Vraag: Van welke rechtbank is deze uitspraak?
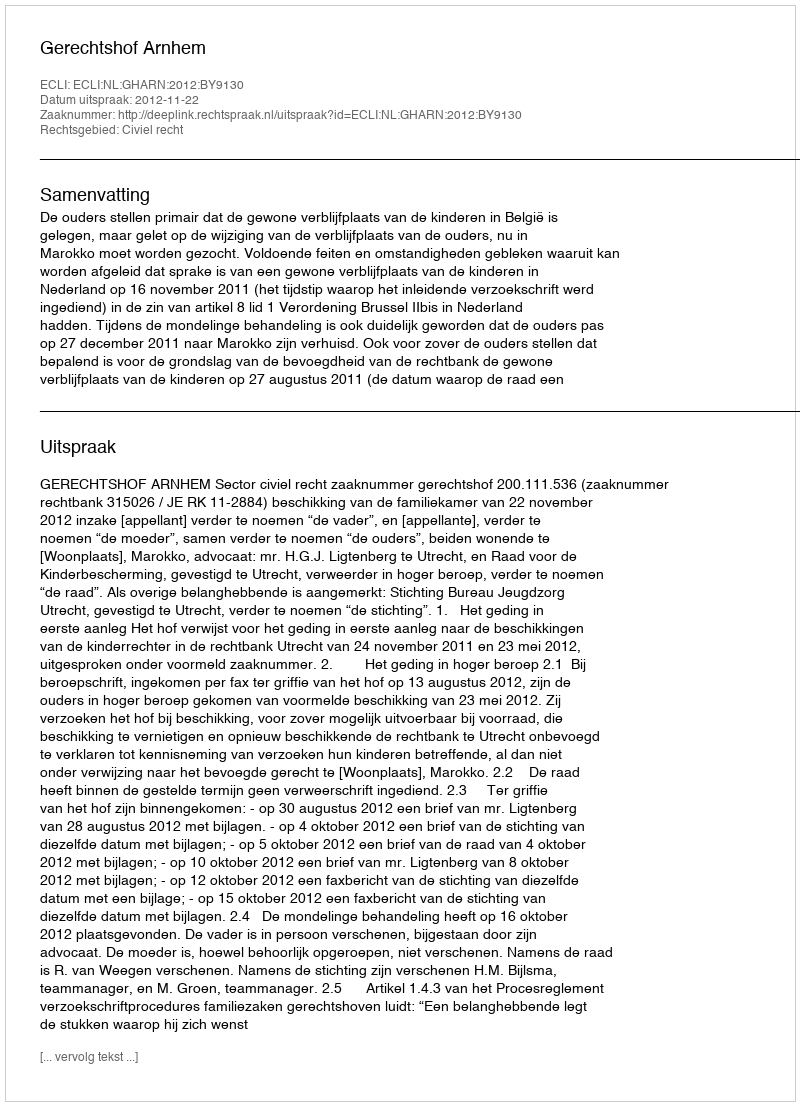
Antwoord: Gerechtshof Arnhem